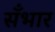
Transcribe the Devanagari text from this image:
सँभार